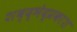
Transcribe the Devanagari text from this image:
शब्द्भेद्प्रकाश